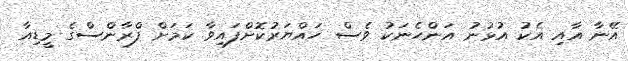
އޭނާ އާއި އެކު އުޅުނު އަންހެނަކު ވެސް ހައްޔަރުކޮށްފައިވާ ކަމަށް ފްރާންސްގެ މީޑިއާ